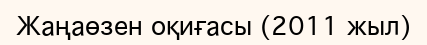
Жаңаөзен оқиғасы (2011 жыл)